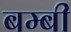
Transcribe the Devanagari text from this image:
बम्बी